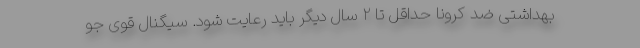
بهداشتی ضد کرونا حداقل تا ۲ سال دیگر باید رعایت شود. سیگنال قوی جو